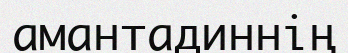
амантадиннің